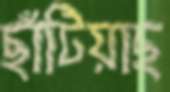
ছাঁটিয়াছ